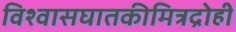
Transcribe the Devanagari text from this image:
विश्वासघातकीमित्रद्रोही